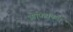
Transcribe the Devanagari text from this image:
ओफियूकस